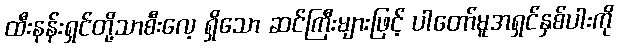
ထီးနန်းရှင်တို့သာစီးလေ့ ရှိသော ဆင်ကြီးများဖြင့် ပါတော်မူအရှင်နှစ်ပါးကို